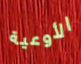
الأوعية